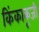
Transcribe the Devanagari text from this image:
किंकाकूजी